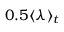
0 . 5 \langle \lambda \rangle _ { t }